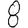
Digit: 8